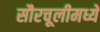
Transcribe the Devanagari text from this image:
सौरचूलीमध्ये